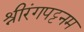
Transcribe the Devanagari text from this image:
श्रीरंगपट्टनम